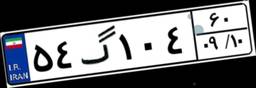
۴۵گ۹۴۴۹۶